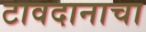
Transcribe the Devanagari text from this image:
टावदानाचा